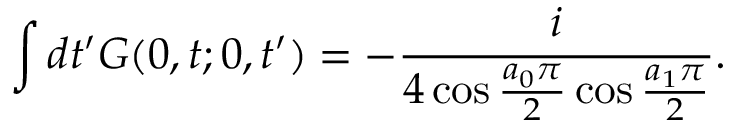
\int d t ^ { \prime } G ( 0 , t ; 0 , t ^ { \prime } ) = - \frac { i } { 4 \cos \frac { a _ { 0 } \pi } { 2 } \cos \frac { a _ { 1 } \pi } { 2 } } .